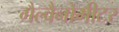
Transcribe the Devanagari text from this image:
गैल्वैनोमीटर